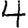
Digit: 4